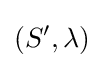
\left(S^{\prime },\lambda \right)